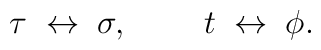
\tau\;\leftrightarrow\;\sigma,\;\;\;\;\;\;\;\;t\;\leftrightarrow\;\phi.